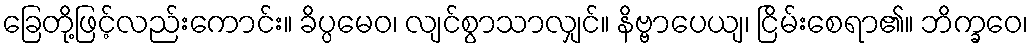
ခြေတို့ဖြင့်လည်းကောင်း။ ခိပ္ပမေဝ၊ လျင်စွာသာလျှင်။ နိဗ္ဗာပေယျ၊ ငြိမ်းစေရာ၏။ ဘိက္ခဝေ၊